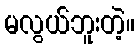
မလွယ်ဘူးတဲ့။